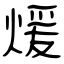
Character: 煖